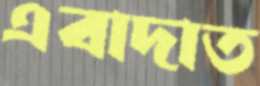
এবাদাত